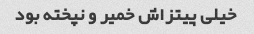
خیلی پیتزاش خمیر و نپخته بود